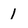
Character: 1